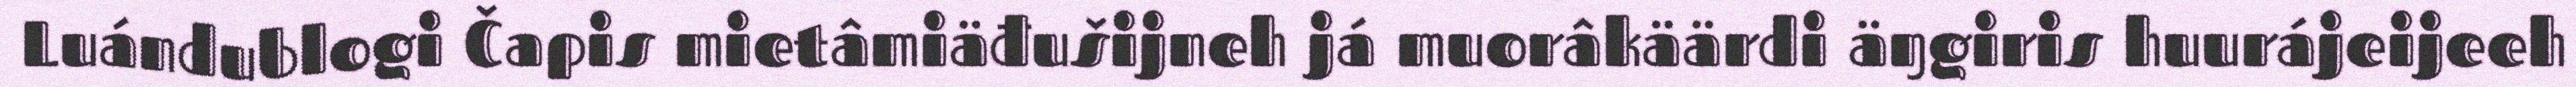
Luándublogi Čapis mietâmiäđušijneh já muorâkäärdi äŋgiris huurájeijeeh